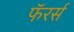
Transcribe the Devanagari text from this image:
फॅरर्स